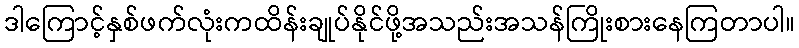
ဒါကြောင့်နှစ်ဖက်လုံးကထိန်းချုပ်နိုင်ဖို့အသည်းအသန်ကြိုးစားနေကြတာပါ။